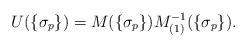
LaTeX: \begin{align*}U(\{\sigma_p\})=M(\{\sigma_p\})M_{(1)}^{-1}(\{\sigma_p\}).\end{align*}